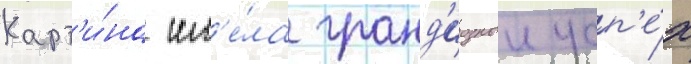
Карт'и́на им'е́ла гранд'иозныи усп'е́х